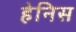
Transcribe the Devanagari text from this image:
हेनिस